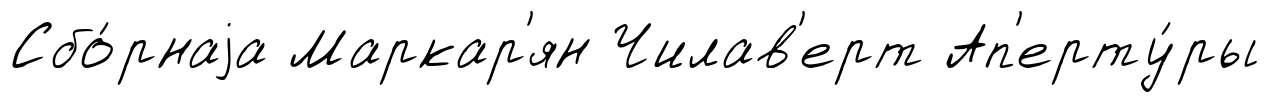
Сбо́рнаjа Маркар'ян Чилав'ерт Ап'ерту́ры